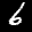
Label: 6